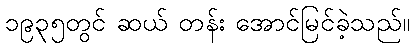
၁၉၃၅တွင် ဆယ် တန်း အောင်မြင်ခဲ့သည်။